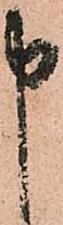
申